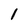
Character: 1